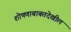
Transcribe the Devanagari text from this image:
शोषणाबाबतदेखील